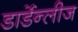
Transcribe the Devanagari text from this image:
डार्डेन्लीज